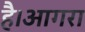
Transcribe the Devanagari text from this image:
है।आगरा